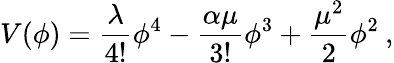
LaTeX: V(\phi)=\frac{\lambda}{4!}\phi^{4}-\frac{\alpha\mu}{3!}\phi^{3}+\frac{\mu^{2}}{2}\phi^{2}\: ,